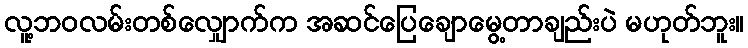
လူ့ဘဝလမ်းတစ်လျှောက်က အဆင်ပြေချောမွေ့တာချည်းပဲ မဟုတ်ဘူး။